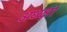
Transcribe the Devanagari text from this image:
अध्य्क्षा